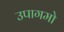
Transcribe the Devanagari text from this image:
उपागमो